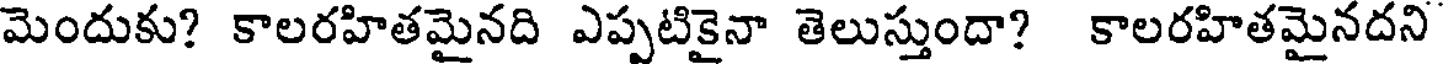
మెందుకు? కాలరహితమైనది ఎప్పటికైనా తెలుస్తుందా? కాలరహితమైనదని